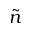
\tilde { n }